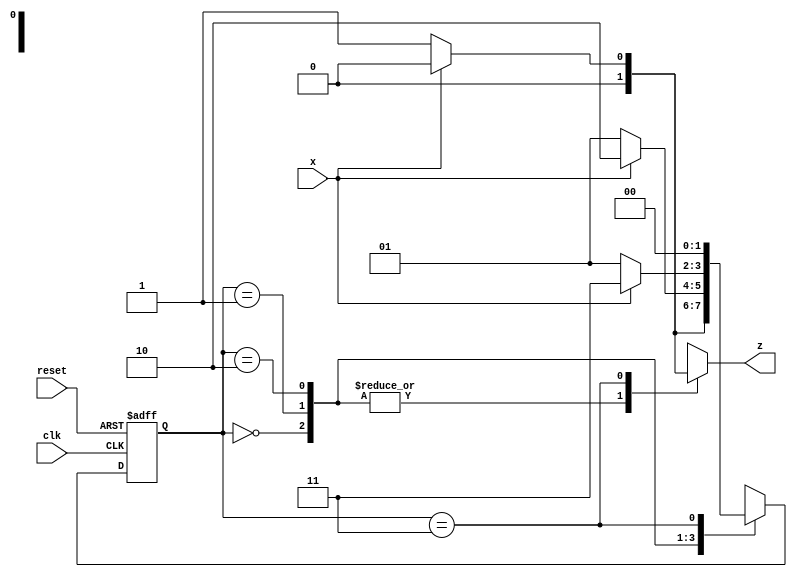
module seq_dec(x,clk,reset,z);
input x,clk,reset;
output reg z;
parameter s0=0 ,s1=1, s2=2, s3=3;
reg [0:1] PS,NS;
always @(posedge clk or posedge reset)
if(reset)
PS <= s0;
else
PS <=  NS;

always @(PS,x)
case(PS)
s0:begin
z = x? 0:0;
NS = x? s0:s1;
end

s1: begin
z = x? 0:0;
NS = x? s2:s1;
end

s2: begin
z = x? 0:0;
NS = x? s3:s1;
end

s3: begin
z = x? 0:1;
NS = x? s0:s0;
end
endcase
endmodule